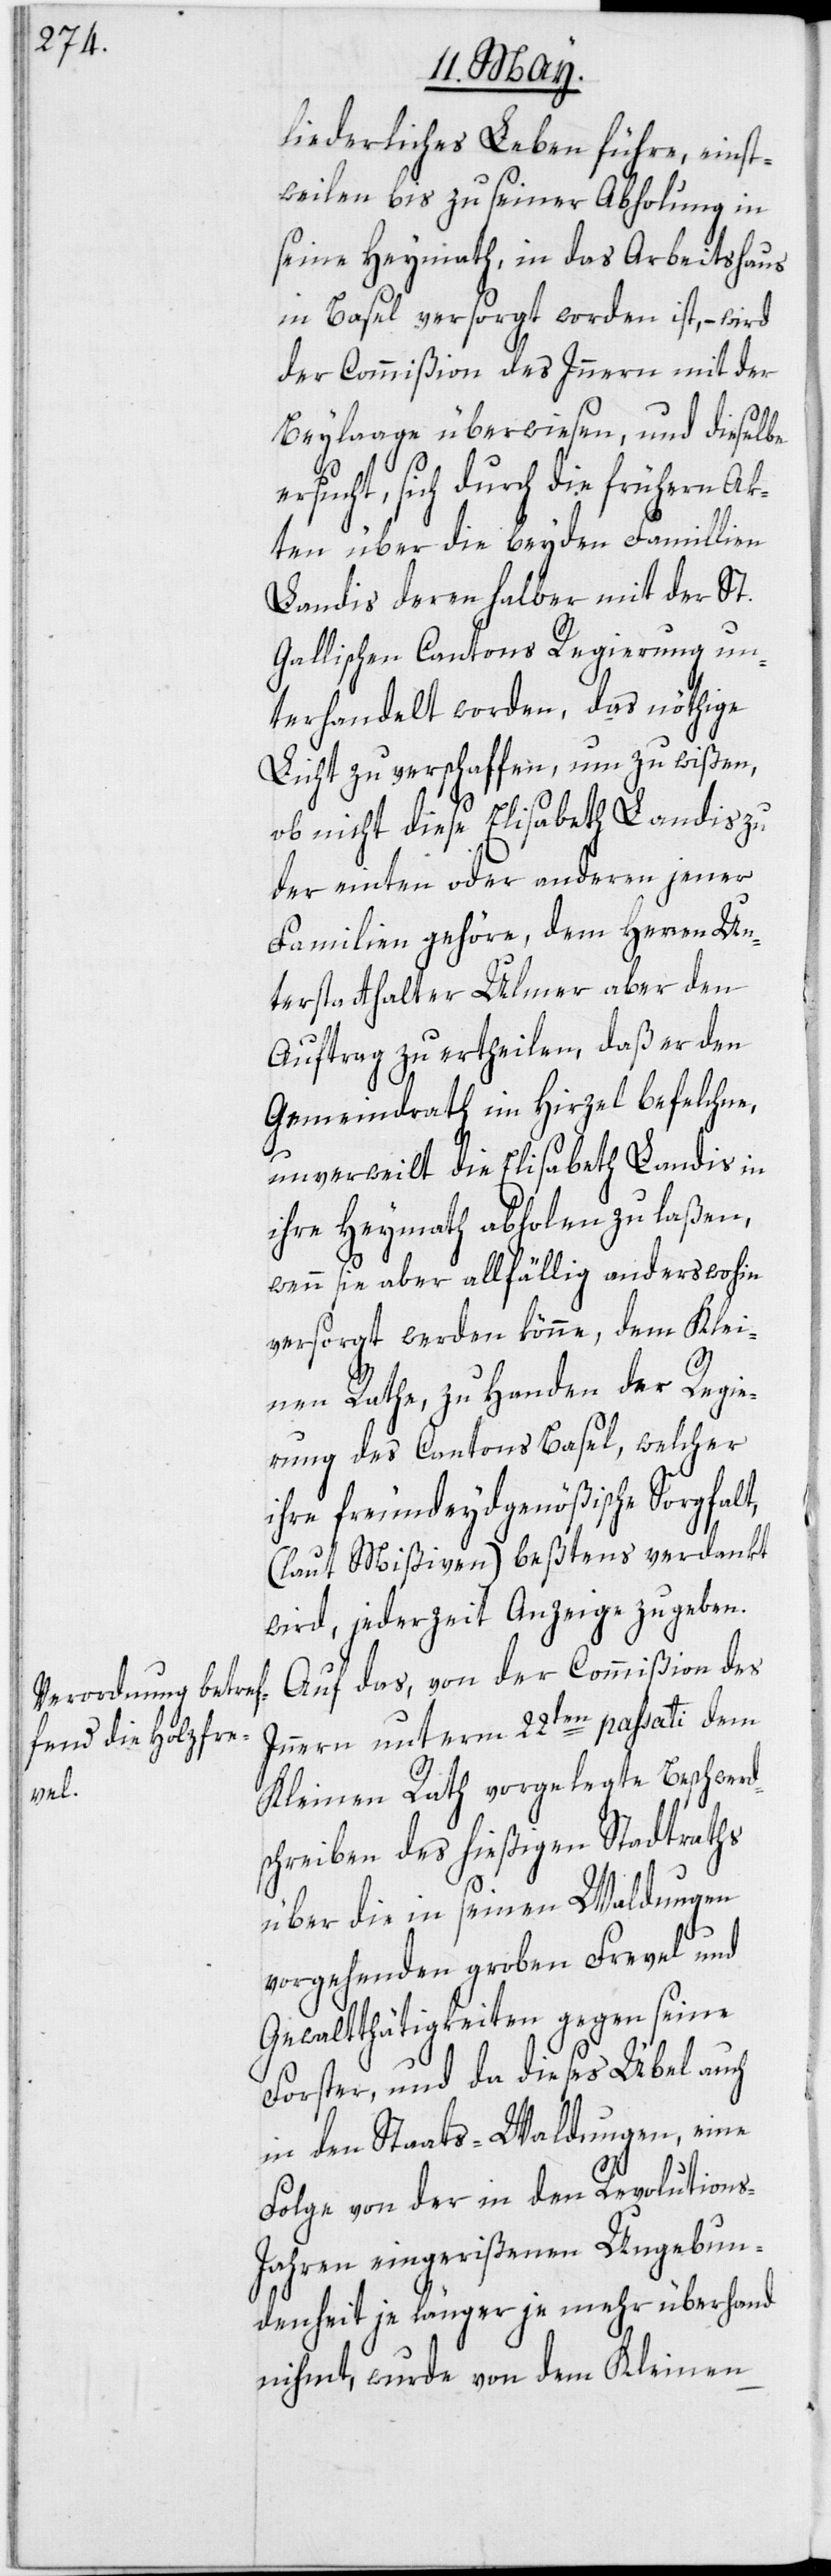
liederliches Leben führe, einst¬
weilen bis zu seiner Abholung in
seine Heymath, in das Arbeitshaus
in Basel versorgt worden ist, – wird
der Commißion des Innern mit der
Beylage überwiesen, und dieselbe
rsucht, sich durch die frühern Ak¬
ten über die beyden Famillien
Landis deren halber mit der St.
Gallischen Cantons Regierung un¬
terhandelt worden, das nöthige
Licht zu verschaffen, um zu wißen,
ob nicht diese Elisabeth Landis zu
der einten oder anderen jener
Familien gehöre, dem Herren Un¬
terstatthalter Ulmer aber den
Auftrag zu ertheilen, daß er den
Gemeindrath im Hirzel befelchne,
unverweilt die Elisabeth Landis in
ihre Heymath abholen zu laßen,
wenn sie aber allfällig anderswohin
versorgt werden könne, dem Klei¬
nen Rathe, zu Handen der Regie¬
rung des Cantons Basel, welcher
ihre freundeydgenößische Sorgfalt,
(laut Mißiven) beßtens verdankt
wird, jederzeit Anzeige zu geben.
Auf das, von der Commißion des
Innern unterm 22ten passati dem
Kleinen Rath vorgelegte Beschwerd¬
schreiben des hießigen Stadtraths
über die in seinen Waldungen
e¬
vorgehenden groben Frevel und
Gewaltthätigkeiten gegen seine
Forster, und da dieses Übel auch
in den Staats-Waldungen, eine
Folge von der in den Revolution¬
s-Jahren eingerißenen Ungebun¬
denheit je länger je mehr überhand
nihmt, wurde von dem Kleinen